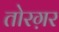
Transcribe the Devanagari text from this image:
तोरग़र